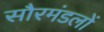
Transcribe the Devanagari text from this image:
सौरमंडलों